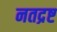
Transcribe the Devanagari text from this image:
नतद्रष्ट